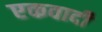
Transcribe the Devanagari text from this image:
एकवादी